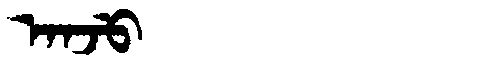
Manchu: ᠠᠨᠵᡠ
Romanization: ANJU